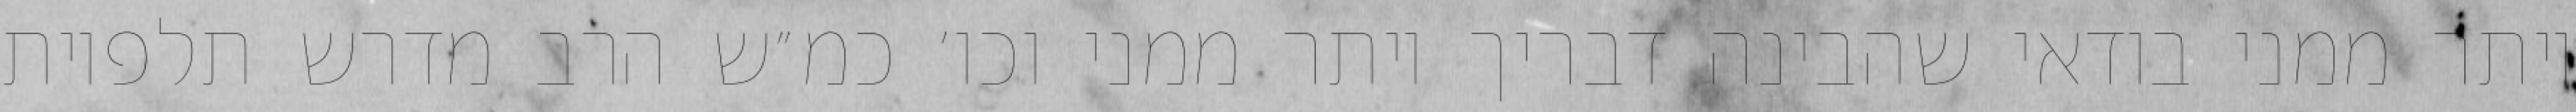
יותר ממני בודאי שהבינה דבריך יותר ממני וכו׳ כמ״ש הרב מדרש תלפיות